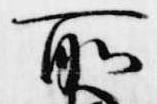
所